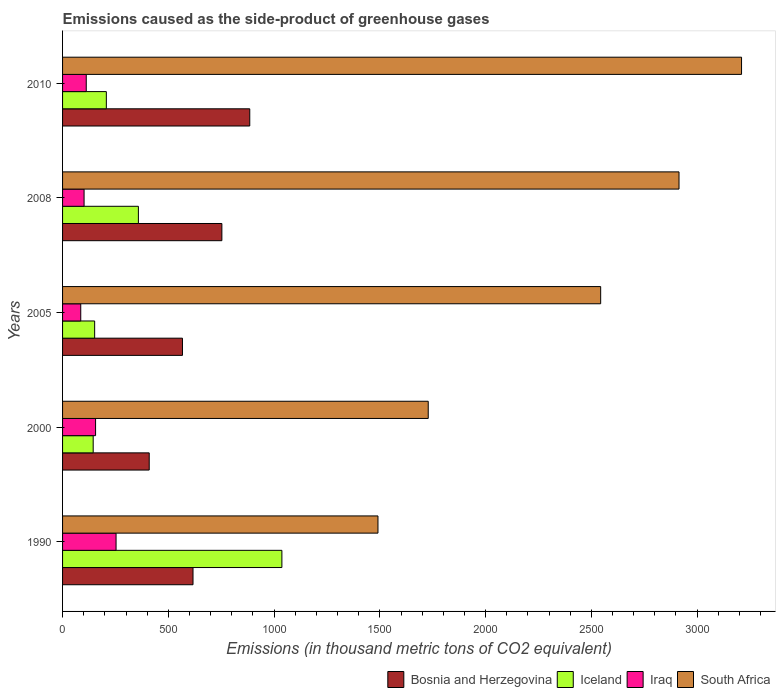
| Years | Bosnia and Herzegovina | Iceland | Iraq | South Africa |
 | --- | --- | --- | --- | --- |
 | 1990 | 617 | 1.04e+03 | 253 | 1.49e+03 |
 | 2000 | 410 | 145 | 156 | 1.73e+03 |
 | 2005 | 567 | 152 | 86 | 2.54e+03 |
 | 2008 | 753 | 358 | 102 | 2.91e+03 |
 | 2010 | 885 | 207 | 112 | 3.21e+03 |